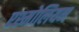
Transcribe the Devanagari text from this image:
एश्मोलियन